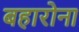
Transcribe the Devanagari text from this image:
बहारोना